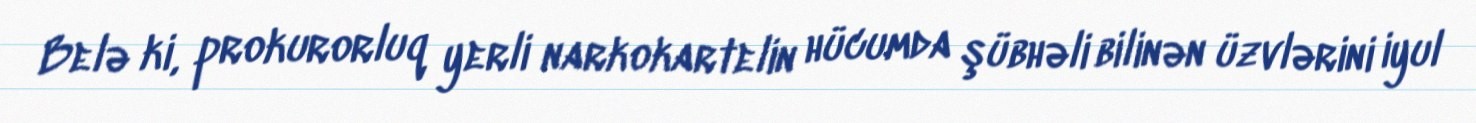
Belə ki, prokurorluq yerli narkokartelin hücumda şübhəli bilinən üzvlərini iyul